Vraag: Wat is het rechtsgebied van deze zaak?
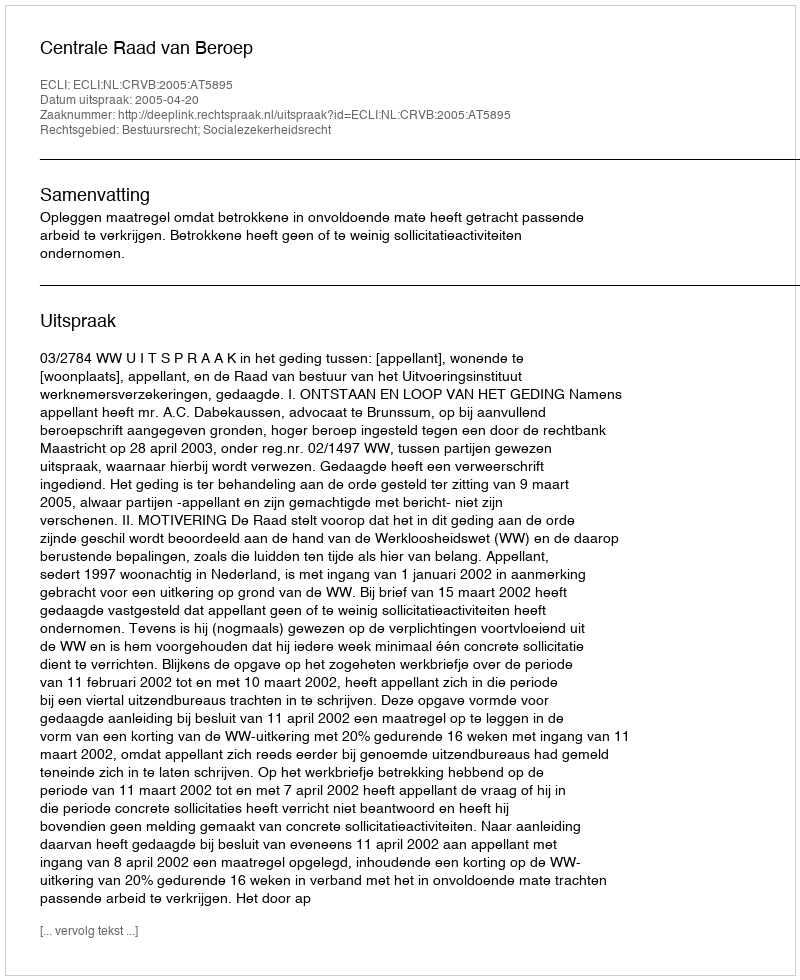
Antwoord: Bestuursrecht; Socialezekerheidsrecht